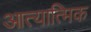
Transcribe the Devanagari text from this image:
आत्यात्मिक